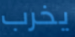
يخرب